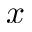
x